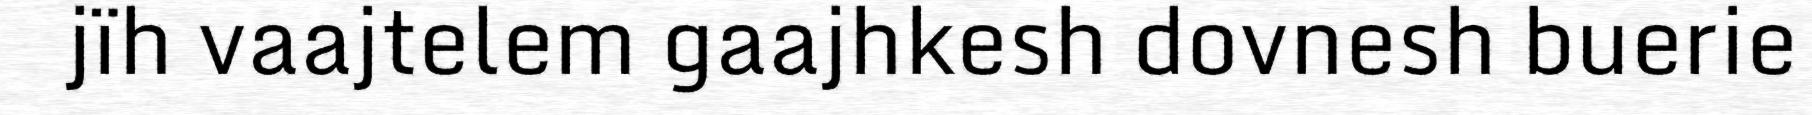
jïh vaajtelem gaajhkesh dovnesh buerie